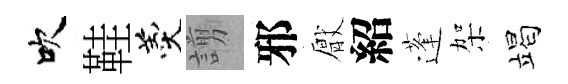
吹鞋羹謭邪厭紹蓬架竭